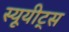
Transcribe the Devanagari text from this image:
स्यूयीट्स